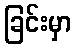
ခြင်းမှာ